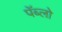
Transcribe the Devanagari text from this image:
पॅब्लो